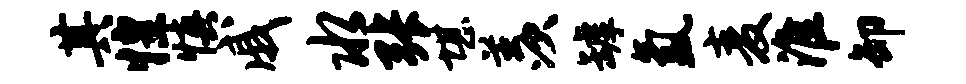
其惶慎戚水张堪羡罅氲麦淮卸